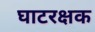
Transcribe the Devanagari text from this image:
घाटरक्षक